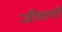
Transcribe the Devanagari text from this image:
जीवाशी